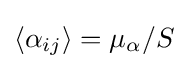
\langle \alpha _{ij}\rangle =\mu _{\alpha }/S